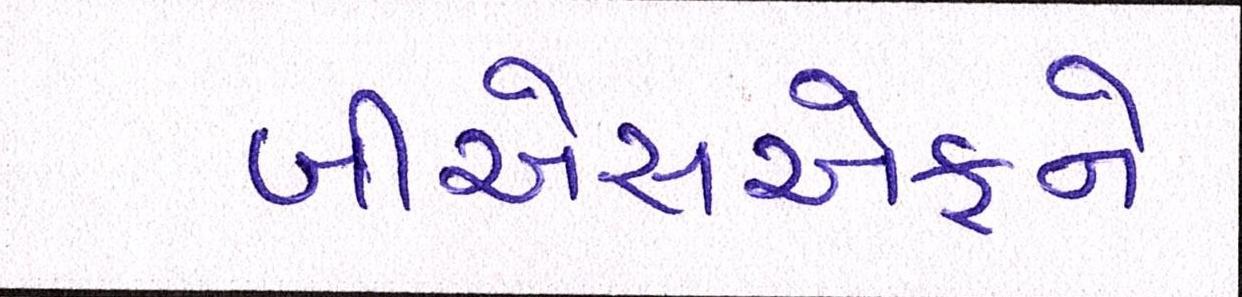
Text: બીએસએફને